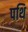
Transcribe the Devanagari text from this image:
पथि